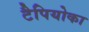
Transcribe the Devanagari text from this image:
टैपियोका